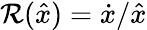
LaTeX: \mathcal{R}(\hat{x})=\dot{x}/\hat{x}